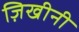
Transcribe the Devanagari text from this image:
ज़िखीनी